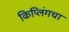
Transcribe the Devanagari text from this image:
किप्लिंगचा